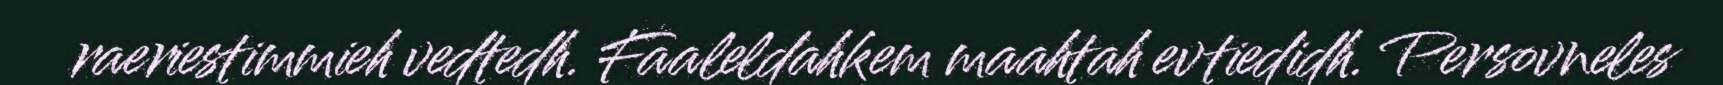
raeriestimmieh vedtedh. Faaleldahkem maahtah evtiedidh. Persovneles